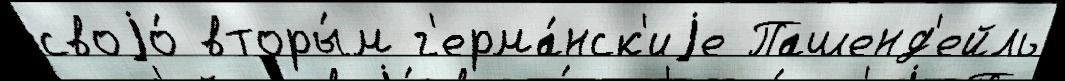
своjо́ вторы́м г'ерма́нск'иjе Пашенд'ейль